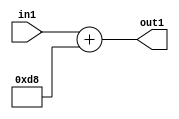
`timescale 1ps / 1ps
/*****************************************************************************
    Verilog RTL Description
    
    
    Created by: Stratus DpOpt 2019.1.01 
*******************************************************************************/

module DC_Filter_Add_12U_39_4 (
	in1,
	out1
	); /* architecture "behavioural" */ 
input [11:0] in1;
output [11:0] out1;
wire [11:0] asc001;

assign asc001 = 
	+(in1)
	+(12'B000011011000);

assign out1 = asc001;
endmodule

/* CADENCE  urnxSQw= : u9/ySgnWtBlWxVPRXgAZ4Og= ** DO NOT EDIT THIS LINE ******/